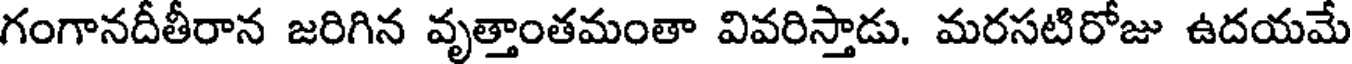
గంగానదీతీరాన జరిగిన వృత్తాంతమంతా వివరిస్తాడు. మరసటిరోజు ఉదయమే